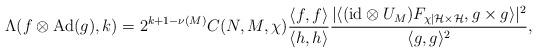
LaTeX: \begin{align*} \Lambda(f \otimes \mathrm{Ad}(g), k) = 2^{k+1-\nu(M)} C(N,M,\chi) \frac{\langle f,f \rangle}{\langle h,h\rangle} \frac{|\langle (\mathrm{id}\otimes U_M) F_{\chi |\mathcal H \times \mathcal H}, g \times g\rangle|^2}{\langle g,g\rangle ^2},\end{align*}